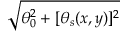
\sqrt { \theta _ { 0 } ^ { 2 } + [ \theta _ { s } ( x , y ) ] ^ { 2 } }